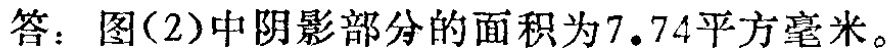
答：图(2)中阴影部分的面积为\(7.74\)平方毫米。